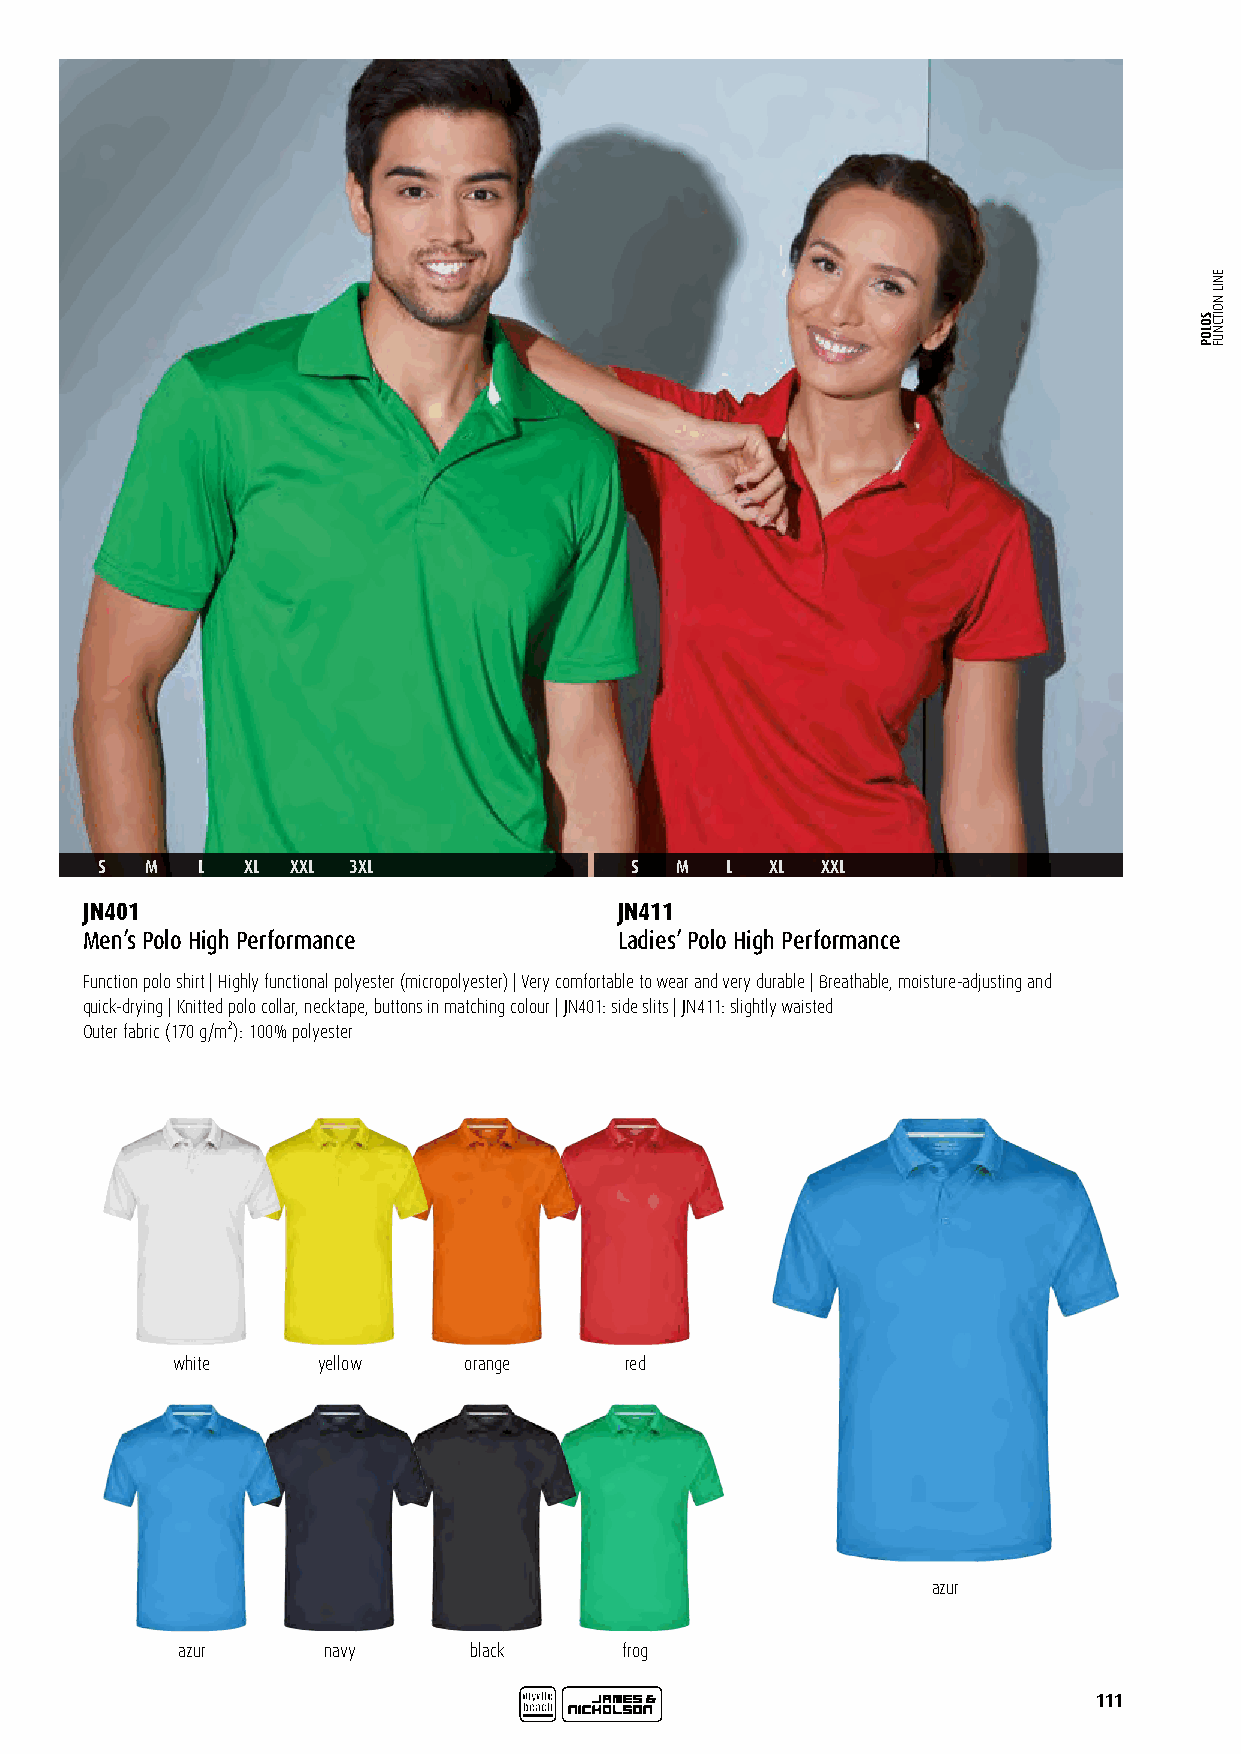
S   M  L  XL XXL 3XL                S  M  L  XL XXL
 JN401                               JN411
 Men’s Polo High Performance         Ladies’ Polo High Performance
 Function polo shirt | Highly functional polyester (micropolyester) | Very comfortable to wear and very durable | Breathable, moisture-adjusting and
 quick-drying | Knitted polo collar, necktape, buttons in matching colour | JN401: side slits | JN411: slightly waisted
 Outer fabric (170 g/m²): 100% polyester
 white     yellow    orange    red
 azur
 azur     navy      black     frog
 111
 SOLOP
 ENIL
 NOITCNUF